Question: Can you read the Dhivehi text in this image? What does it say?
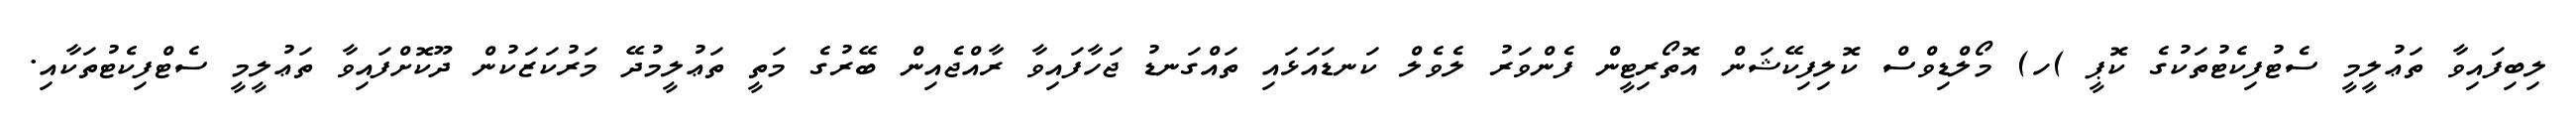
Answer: ލިބިފައިވާ ތަޢުލީމީ ސެޓުފިކެޓުތަކުގެ ކޮޕީ )ހ) މޯލްޑިވްސް ކޮލިފިކޭޝަން އޮތޯރިޓީން ފެންވަރު ލެވެލް ކަނޑައަޅައި ތައްގަނޑު ޖަހާފައިވާ ރާއްޖެއިން ބޭރުގެ މަތީ ތަޢުލީމުދޭ މަރުކަޒަކުން ދޫކޮށްފައިވާ ތަޢުލީމީ ސެޓްފިކެޓުތަކާއި.